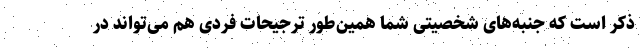
ذکر است که جنبه‌های شخصیتی شما همین‌طور ترجیحات فردی هم می‌تواند در